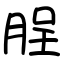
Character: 脭